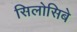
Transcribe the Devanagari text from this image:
सिलोसिबे